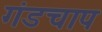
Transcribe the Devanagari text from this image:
गंडचाप